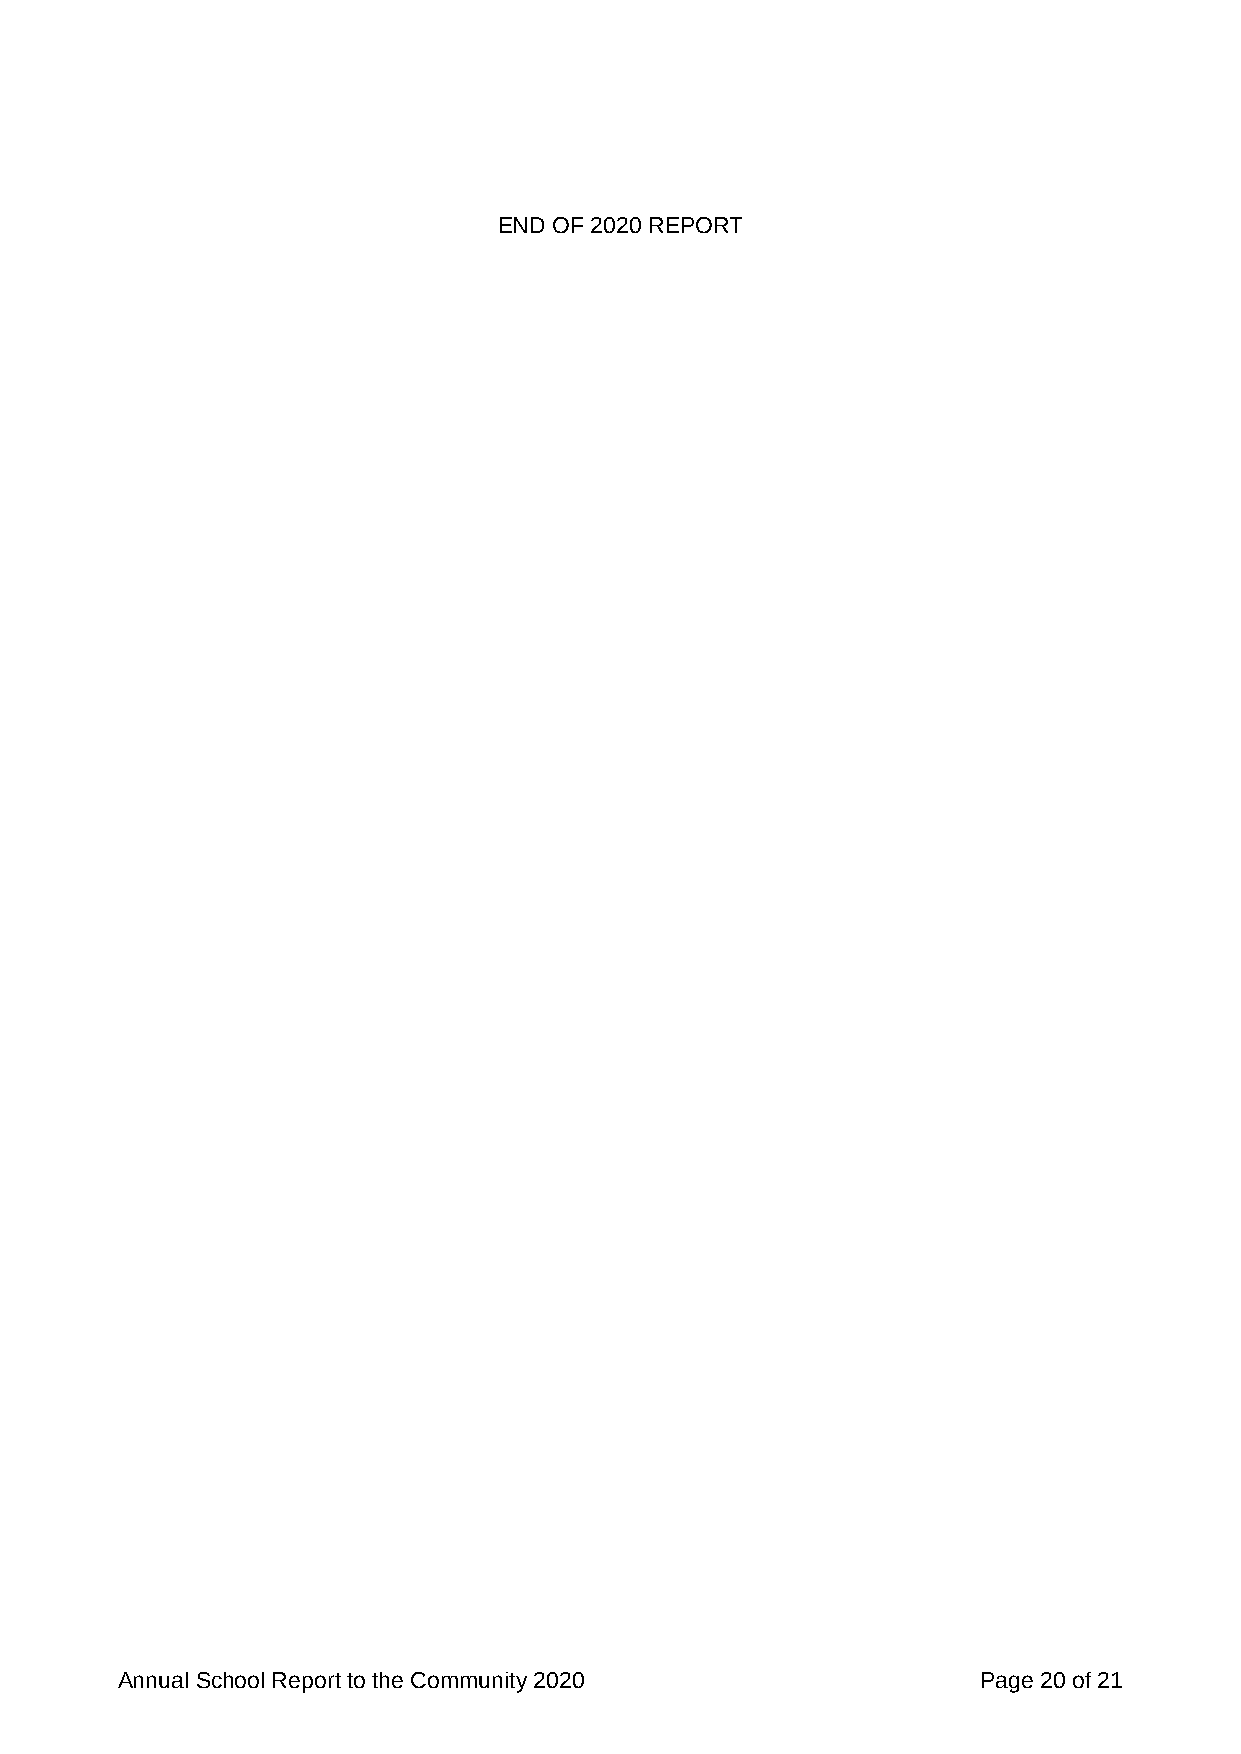
END OF 2020 REPORT
 Annual School Report to the Community 2020               Page 20 of 21